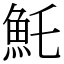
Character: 魠